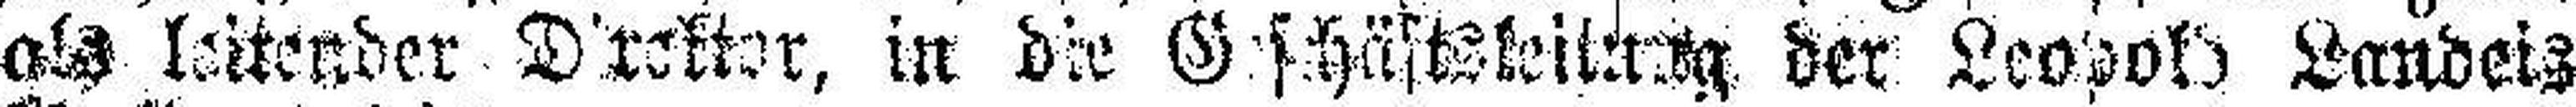
als leitender Direkter, in die Geschäftsleitung der Leopold Landeis